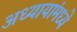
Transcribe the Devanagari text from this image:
अध्यायांमध्ये